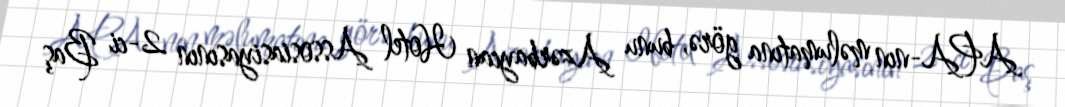
APA-nın məlumatına görə, bunu Azərbaycan Hotel Assosiasiyasının 2-ci Baş